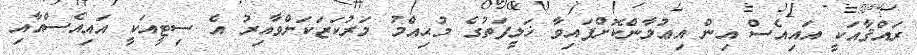
ރައްޤާއަކީ އައިއެސް އިން އިޢުލާންކޮށްފައިވާ ޚަލީފަތުގެ މުޙިއްމު މަރުކަޒަކަށްވާއިރު އެ ސިޓީއަކީ އައިއެސްއާއި